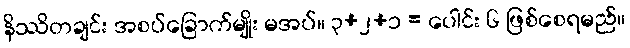
နိဿိတချင်း အစပ်ခြောက်မျိုး မအပ်။ ၃+၂+၁ = ပေါင်း ၆ ဖြစ်စေရမည်။